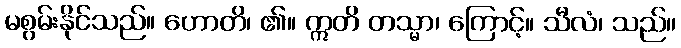
မစွမ်းနိုင်သည်။ ဟောတိ၊ ၏။ ဣတိ တသ္မာ၊ ကြောင့်။ သီလံ၊ သည်။